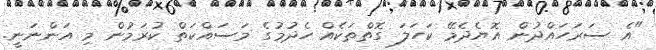
"އެ ސަރަަހައްދުން އޮޔެދެމޭ ކަހަލަ ގޮތްތަކެއް ހެދުމުގެ މަސައްކަތް ކުރަމުން މި އަންނަނީ.